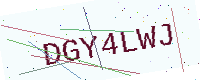
Text: DGY4LWJ